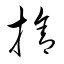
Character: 捨